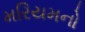
મરિયમનો